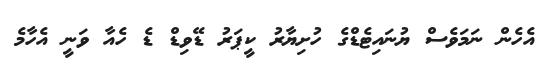
އެހެން ނަމަވެސް ޔުނައިޓެޑްގެ ހުށިޔާރު ކީޕަރު ޑޭވިޑް ޑެ ހެއާ ވަނީ އެހާމެ